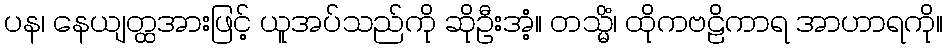
ပန၊ နေယျတ္ထအားဖြင့် ယူအပ်သည်ကို ဆိုဦးအံ့။ တသ္မိံ၊ ထိုကဗဠိကာရ အာဟာရကို။